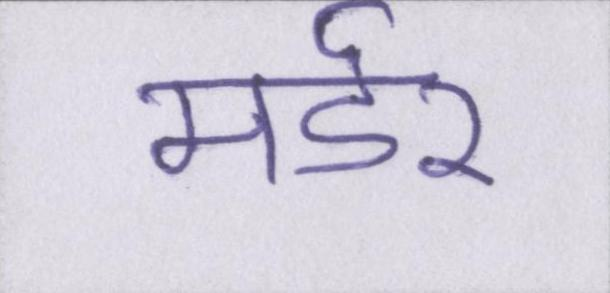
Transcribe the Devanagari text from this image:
मर्डर